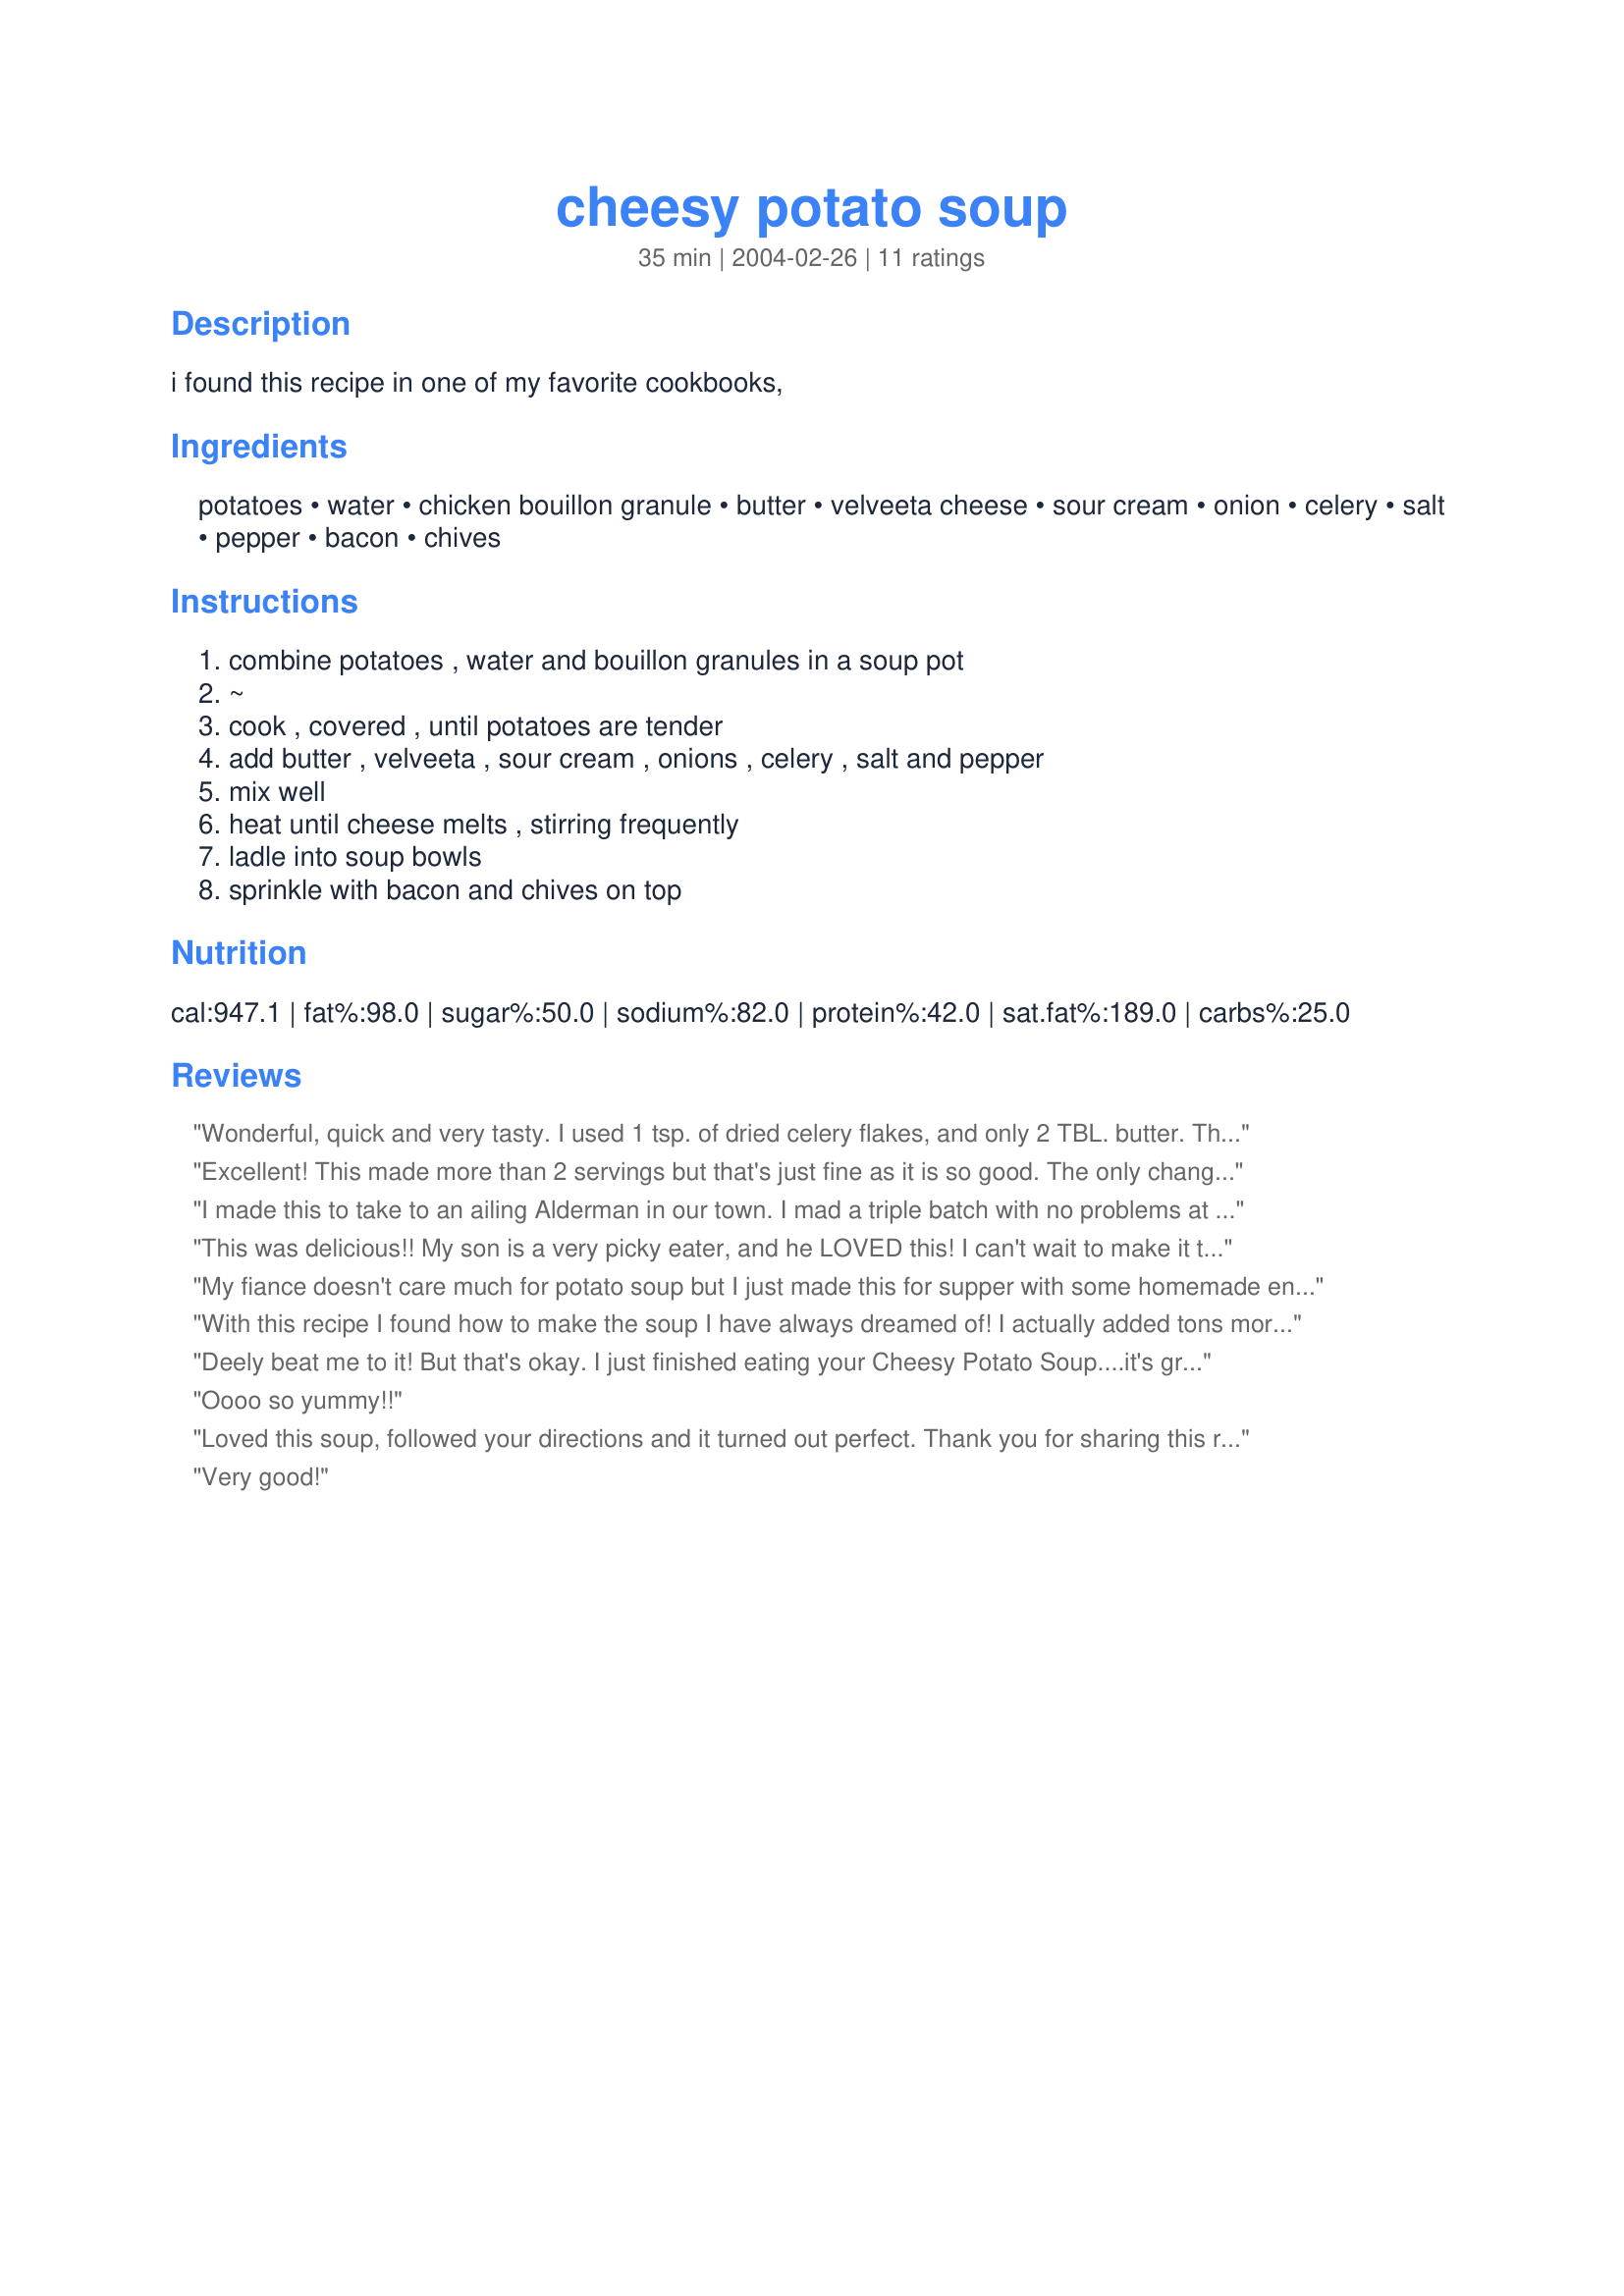
cheesy potato soup
Preparation time: 35 minutes

i found this recipe in one of my favorite cookbooks,

Ingredients:
potatoes, water, chicken bouillon granule, butter, velveeta cheese, sour cream, onion, celery, salt, pepper, bacon, chives

Steps:
combine potatoes , water and bouillon granules in a soup pot, ~, cook , covered , until potatoes are tender, add butter , velveeta , sour cream , onions , celery , salt and pepper, mix well, heat until cheese melts , stirring frequently, ladle into soup bowls, sprinkle with bacon and chives on top

Reviews:
Wonderful, quick and very tasty. I used 1 tsp. of dried celery flakes, and only 2 TBL. butter. This would make an excellent base for brocolli or cauliflower soup also. MIL and I thoroughly enjoyed this. I will be making this often. Thank you Kim, for posting.


roghly
Excellent! This made more than 2 servings but that's just fine as it is so good. The only change I might make next time, is to saute the onions and celery before adding to the soup. Thanks for sharing this recipe.
I made this to take to an ailing Alderman in our town. I mad a triple batch with no problems at all. I didn't have celery but found some celery salt and used roughly 1/4 tsp of that. Don't know if that is an accurate substitution but it was great nonetheless. I was really surprised at how fantastic this soup was and it was really easy to put together, Didn't even have to drain the potato water!! I made enough so that I could have a bowl last night and it is wonderful...thanks for a great recipe that I will be making again and again.
This was delicious!! My son is a very picky eater, and he LOVED this! I can't wait to make it this winter when it is really cold outside.
My fiance doesn't care much for potato soup but I just made this for supper with some homemade english muffin bread and it was AWESOME! We both loved it!! Thanks for posting it! I will definitely be making this again!!
~Chef Nichol~
With this recipe I found how to make the soup I have always dreamed of! I actually added tons more cheese, A cup of parmesean, shredded american, goat cheese, and some mexican white cheese. It is super yummy. I also used the already made real bacon bits from the salad dept. to put on top and my oh my!!! Everyone love loves my soup...well yours ha! I forgot to add tat to give it a little zing...I added about a teaspoon full of crushed red pepper. This is truly heaven in soup bowel!
Deely beat me to it! But that's okay. I just finished eating your Cheesy Potato Soup....it's great. Perfect comfort food for a cold winter's night. For me soup's on any time of the year. It's a definite repeat performer.
As a matter of fact I have some friend who I think would love this recipe. If it's alright with you, I'll make copies and give them.
Oooo so yummy!!
Loved this soup, followed your directions and it turned out perfect. Thank you for sharing this recipe.
Very good!
It tasted great but I changed a lot of things. I didn't have any chicken bouillon granuals so I just added some chicken broth and I didn't add the onion, celery, bacon or chives. I either didn't have it or I didn't have enough. Although I did add fresh chopped ham and cut back on the salt since the ham gives it some saltiness. It was still great even with all the changes I made! Next time I will have everything. Thanks for the recipe!
